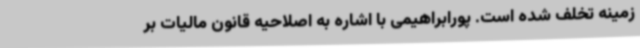
زمینه تخلف شده است. پورابراهیمی با اشاره به اصلاحیه قانون مالیات بر